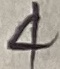
Text: 4